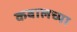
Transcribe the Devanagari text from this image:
कबालच्या